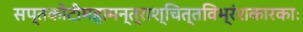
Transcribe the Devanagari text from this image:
सप्तकोटीमहामन्त्राश्चित्तविभ्रंशकारकाः